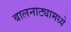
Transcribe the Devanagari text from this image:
बालनाट्यामध्ये